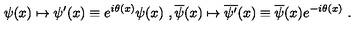
\psi ( x ) \mapsto \psi ^ { \prime } ( x ) \equiv e ^ { i \theta ( x ) } \psi ( x ) \ , \overline { \psi } ( x ) \mapsto \overline { { \psi ^ { \prime } } } ( x ) \equiv \overline { \psi } ( x ) e ^ { - i \theta ( x ) } \ .